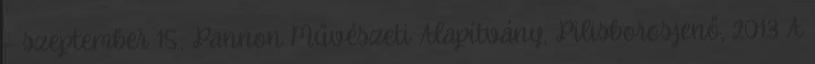
– szeptember 15.; Pannon Művészeti Alapítvány, Pilisborosjenő, 2013 A